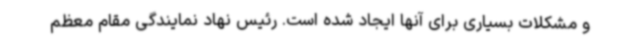
و مشکلات بسیاری برای آنها ایجاد شده است. رئیس نهاد نمایندگی مقام معظم